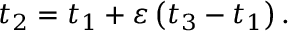
t _ { 2 } = t _ { 1 } + \varepsilon \left( t _ { 3 } - t _ { 1 } \right) .